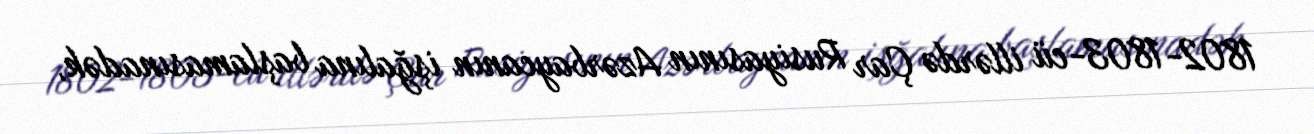
1802-1803-cü illərdə Çar Rusiyasının Azərbaycanın işğalına başlamasınadək,